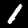
Digit: 1